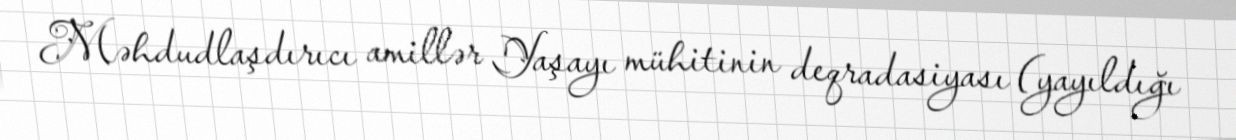
Məhdudlaşdırıcı amillər Yaşayı mühitinin deqradasiyası (yayıldığı